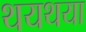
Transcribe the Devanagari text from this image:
थयथया